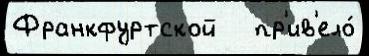
Франкфуртской   пр'ив'ело́